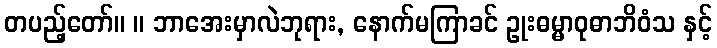
တပည့်တော်။ ။ ဘာအေးမှာလဲဘုရား, နောက်မကြာခင် ဥုးဓမ္မာဝုဓာဘိဝံသ နှင့်